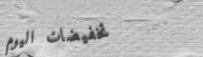
تخفيضات اليوم